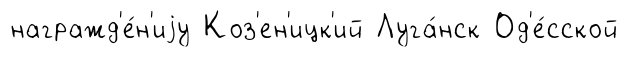
награжд'е́н'иjу Коз'ен'ицк'ий Луга́нск Од'е́сской